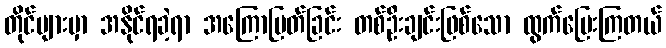
တိုင်များမှာ အနိုင်ရခဲ့ရာ အကြောပြတ်ခြင်း တစ်ဦးချင်းဖြစ်သော ထွက်ပြေးကြတယ်